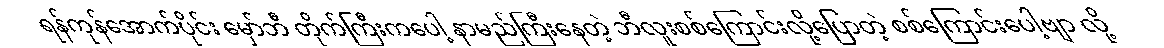
ရန်ကုန်အောက်ပိုင်း မှော်ဘီ တိုက်ကြီးကပေါ့ နာမည်ကြီးနေတဲ့ ဘီလူးစစ်ကြောင်းလို့ပြောတဲ့ စစ်ကြောင်းပေါ့ဗျာ လို့